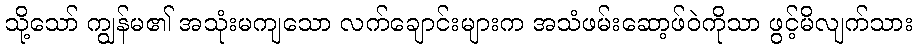
သို့သော် ကျွန်မ၏ အသုံးမကျသော လက်ချောင်းများက အသံဖမ်းဆော့ဖ်ဝဲကိုသာ ဖွင့်မိလျက်သား